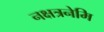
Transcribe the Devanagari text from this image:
नक्षत्रनेमि